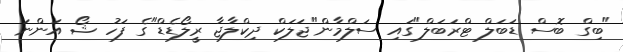
"ބިގް ބޮސް ޑަބަލް ޓްރަބަލް"ގައި ސަލްމާން"ޖަލަކް ދިކްލާޖާ ރީލޯޑެޑް"ގެ ފަހު ޝޯ އަންނަ